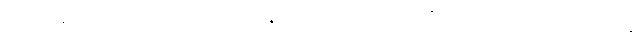
၂၁၂။ န ကုတောစိ ဘယံ သမနုပဿတိ, ယဒိဒံ သီလသံဝရတောတိ ယာနိ